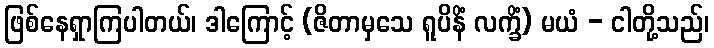
ဖြစ်နေရှာကြပါတယ်၊ ဒါကြောင့် (ဇိတာမှသေ ရူပိနိံ လက္ခိံ) မယံ - ငါတို့သည်၊